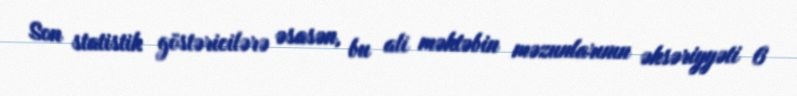
Son statistik göstəricilərə əsasən, bu ali məktəbin məzunlarının əksəriyyəti 6